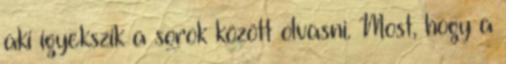
aki igyekszik a sorok között olvasni. Most, hogy a